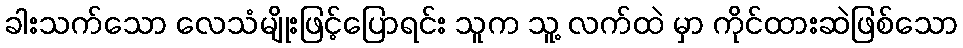
ခါးသက်သော လေသံမျိုးဖြင့်ပြောရင်း သူက သူ့ လက်ထဲ မှာ ကိုင်ထားဆဲဖြစ်သော